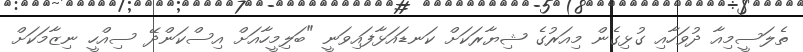
ތެލަސީމިއާ ދުވަހާއި ގުޅިގެން މިއަރުގެ ޝިޔާރަކަށް ކަނޑައަޅާފައިވަނީ "ބަލިމީހާއަށް އިސްކަންދޭ ސިއްހީ ނިޒާމަކަށް